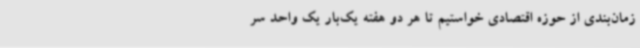
زمان‌بندی از حوزه اقتصادی خواستیم تا هر دو هفته یک‌بار یک واحد سر